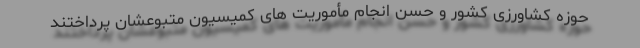
حوزه کشاورزی کشور و حُسن انجام مأموریت های کمیسیون متبوعشان پرداختند